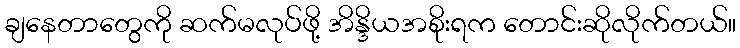
ချနေတာတွေကို ဆက်မလုပ်ဖို့ အိန္ဒိယအစိုးရက တောင်းဆိုလိုက်တယ်။